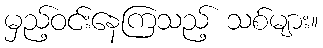
မှည့်ဝင်းနေကြသည့် သစ်များ။